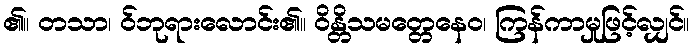
၏။ တသာ၊ ဝ်ဘုရားလောင်း၏။ ဝိန္တိသမတ္တေနေဝ၊ ကြန်ကာမှုဖြင့်လျှင်။